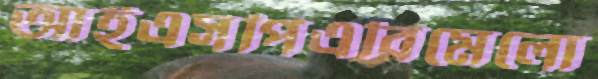
আইএসপিএবিমেলো